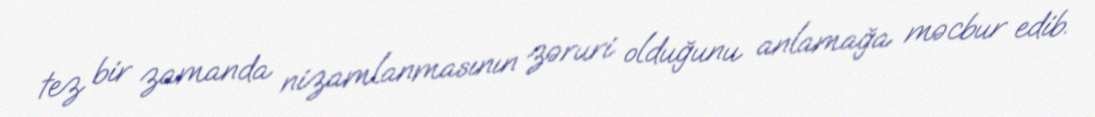
tez bir zamanda nizamlanmasının zəruri olduğunu anlamağa məcbur edib.